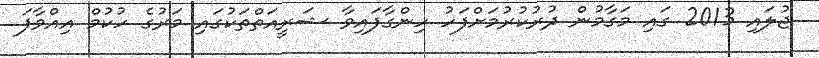
ޖުލައި 2013 ގައި މަގާމުން ދުރުކުރުމަށްފަހު ހިންގާފައިވާ ޝަރީއަތްތަކުގައި މަރުގެ ހުކުމް އިއްވާފަ